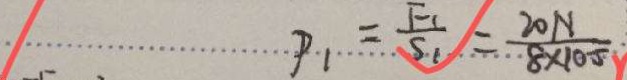
P _ { 1 } = \frac { F _ { 1 } } { S _ { 1 } } = \frac { 2 0 N } { 8 \times 1 0 ^ { - 5 } }